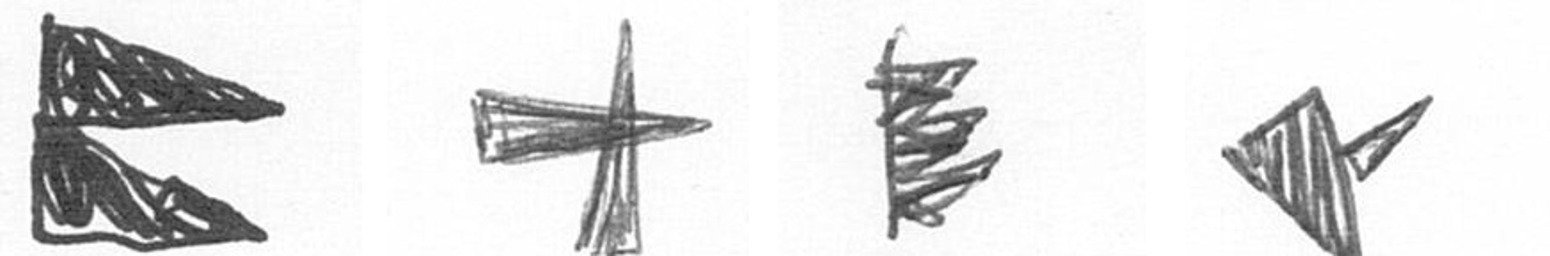
P G H F